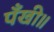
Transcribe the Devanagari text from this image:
पँखी॥